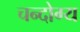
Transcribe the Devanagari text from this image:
चन्दोग्य